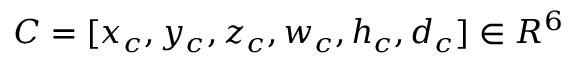
C = [ x _ { c } , y _ { c } , z _ { c } , w _ { c } , h _ { c } , d _ { c } ] \in R ^ { 6 }